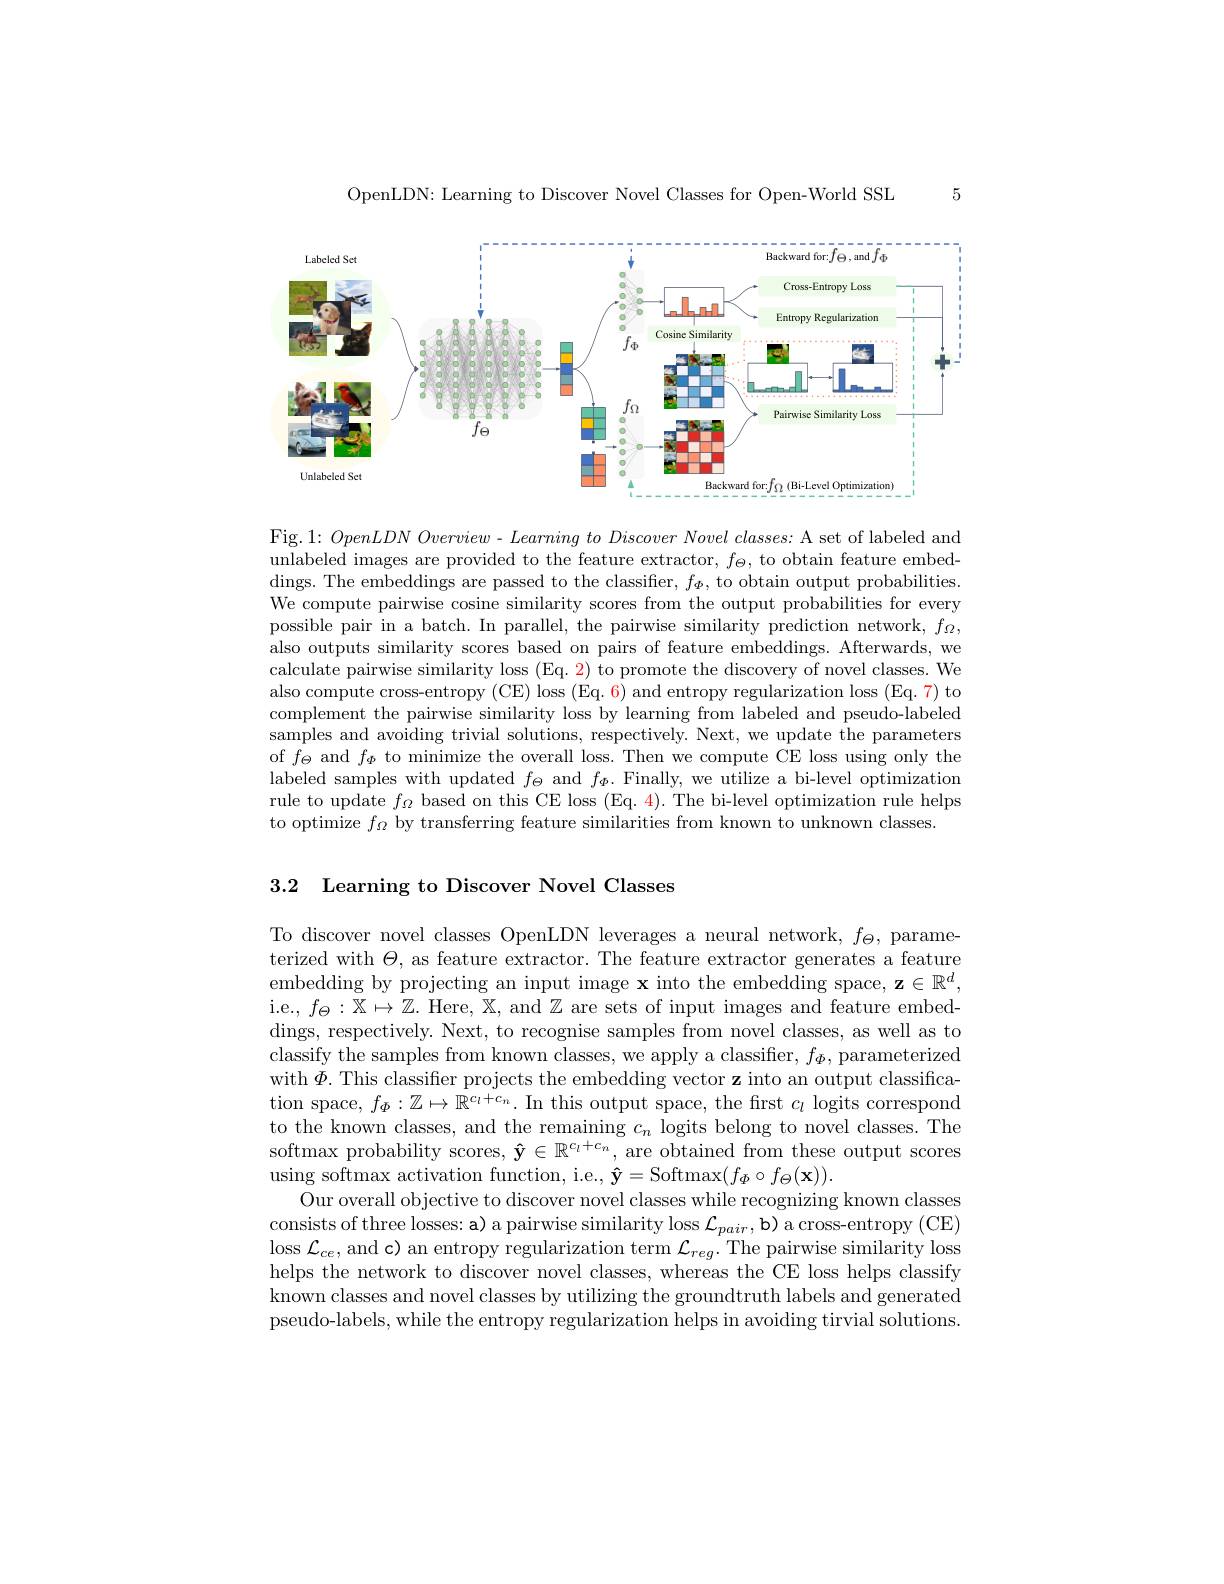
5

OpenLDN: Learning to Discover Novel Classes for Open-World SSL

<FigureHere>

Fig.1: OpenLDNOverview - Learning to Discover Novel classes: A set of labeled and $\bar{\text{unlabeled images are provided to the feature extractor, }f_\Theta,\text{ to obtain feature embed-}}$ dings. The embeddings are passed to the classiffer, $f_{\boldsymbol{\Phi}}$, to obtain output probabilities. We compute pairwise cosine similarity scores from the output probabilities for every possible pair in a batch. In parallel, the pairwise similarity prediction network, $f_\Omega$, also outputs similarity scores based on pairs of feature embeddings. Afterwards, we calculate pairwise similarity loss (Eq. 2) to promote the discovery of novel classes. We also compute cross-entropy (CE) loss (Eq. 6) and entropy regularization loss (Eq. 7) to complement the pairwise similarity loss by learning from labeled and pseudo-labeled samples and avoiding trivial solutions, respectively. Next, we update the parameters of $f_\Theta$ and $f_\Phi$ to minimize the overall loss. Then we compute CE loss using only the labeled samples with updated $f_\Theta$ and $f_\Phi.$ Finally, we utilize a bi-level optimization rule to update $f_\Omega$ based on this CE loss (Eq. 4). The bi-level optimization rule helps to optimize $f_\Omega$ by transferring feature similarities from known to unknown classes.

3.2 Learning to Discover Novel Classes

To discover novel classes OpenLDN leverages a neural network, $f_\Theta$, parameterized with $\Theta$, as feature extractor. The feature extractor generates a feature embedding by projecting an input image $\mathbf{x}$ into the embedding space, $\mathbf{z}\in\mathbb{R}^d$, i.e., $f_\Theta:\mathbb{X}\mapsto\mathbb{Z}.$ Here, $\mathbb{X}$, and $\mathbb{Z}$ are sets of input images and feature embeddings, respectively. Next, to recognise samples from novel classes, as well as to classify the samples from known classes, we apply a classifier, $f_\Phi$, parameterized with $\Phi$. This classifier projects the embedding vector z into an output classification space, $f_\Phi:\mathbb{Z}\mapsto\mathbb{R}^{c_l+c_n}.$ In this output space, the first $c_l$ logits correspond to the known classes, and the remaining $c_n$ logits belong to novel classes. The softmax probability scores, $\mathbf{\hat{y}}\in\mathbb{R}^{c_l+c_n}$, are obtained from these output scores using softmax activation function, i.e., $\mathbf{\hat{y}}=$Softmax$(f_\Phi\circ f_\Theta(\mathbf{x})).$
Our overall objective to discover novel classes while recognizing known classes consists of three losses: a) a pairwise similarity loss $\mathcal{L}_pair$, b) a cross-entropy (CE) loss $\mathcal{L}_{ce}$,and c) an entropy regularization term $\mathcal{L}_reg.$ The pairwise similarity loss helps the network to discover novel classes, whereas the CE loss helps classify known classes and novel classes by utilizing the groundtruth labels and generated pseudo-labels, while the entropy regularization helps in avoiding tirvial solutions.